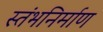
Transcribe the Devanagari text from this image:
स्तंभनिर्माण